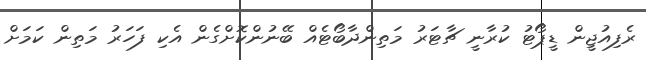
ރެފިއުޖީން ޑީޕޯޓު ކުރާނީ ޗާޓަރު މަތިންދާބޯޓެއް ބޭނުންކޮށްގެން އެކި ފަހަރު މަތިން ކަމަށް